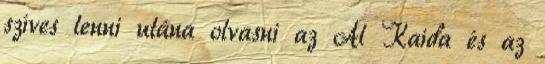
szíves lenni utána olvasni az Al Kaida és az